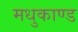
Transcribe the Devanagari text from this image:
मधुकाण्ड